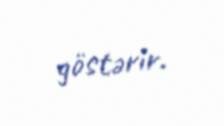
göstərir.